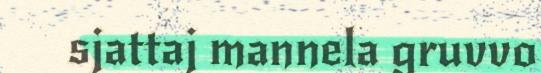
sjattaj mannela gruvvo